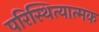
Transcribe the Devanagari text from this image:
परिस्थित्यात्मक